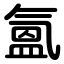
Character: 氳